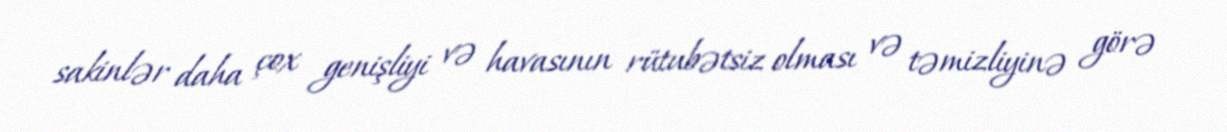
sakinlər daha çox genişliyi və havasının rütubətsiz olması və təmizliyinə görə